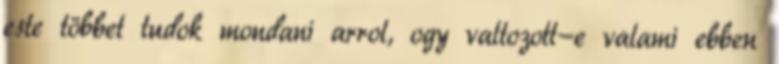
este többet tudok mondani arrol, ogy valtozott-e valami ebben